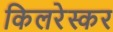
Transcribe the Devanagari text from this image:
किलरेस्कर